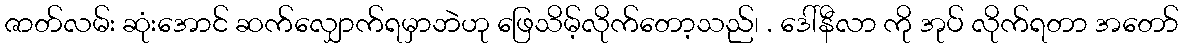
ဇာတ်လမ်း ဆုံးအောင် ဆက်လျှောက်ရမှာဘဲဟု ဖြေသိမ့်လိုက်တော့သည်၊ . ဒေါ်နီလာ ကို အုပ် လိုက်ရတာ အတော်